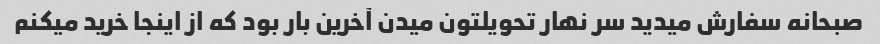
صبحانه سفارش میدید سر نهار تحویلتون میدن آخرین بار بود که از اینجا خرید میکنم